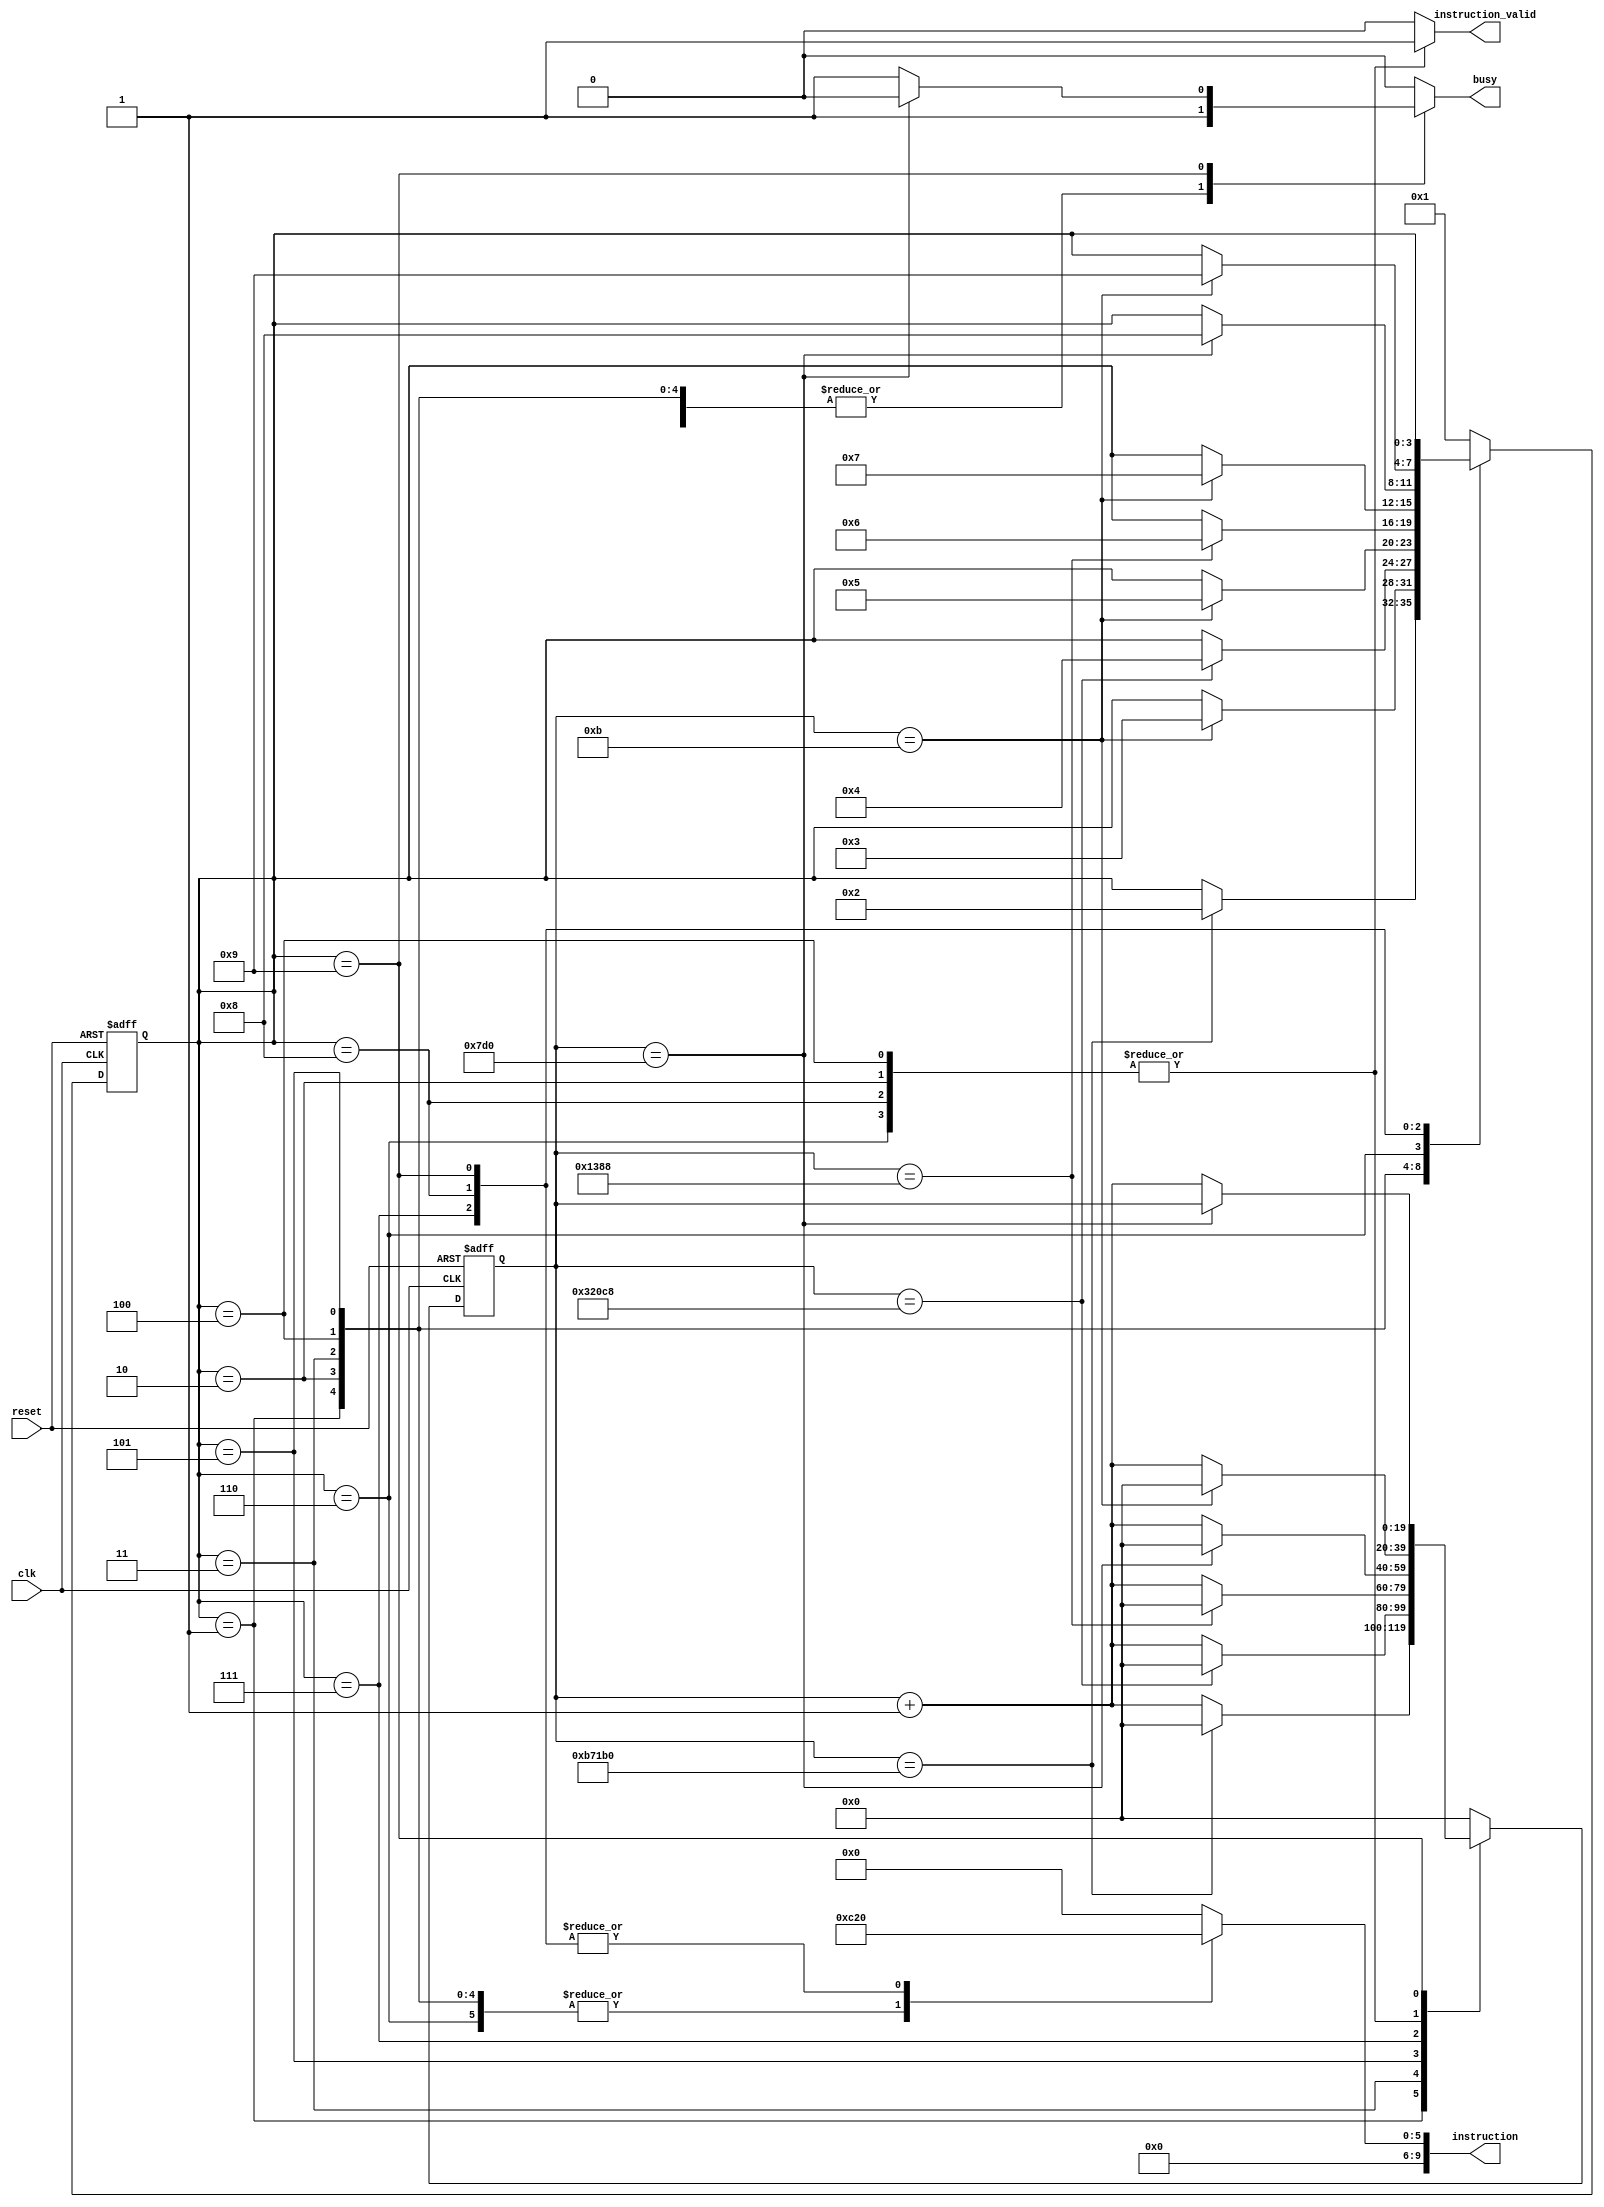
module LCD_Initializer
(
	clk,
	reset,
	instruction,
	instruction_valid,
	busy
);

input clk;
input reset;

output reg [9:0] instruction;
output reg instruction_valid;
output reg busy;

parameter STATE_1 = 4'b0001;
parameter STATE_2 = 4'b0010;
parameter STATE_3 = 4'b0011;
parameter STATE_4 = 4'b0100;
parameter STATE_5 = 4'b0101;
parameter STATE_6 = 4'b0110;
parameter STATE_7 = 4'b0111;
parameter STATE_8 = 4'b1000;
parameter STATE_9 = 4'b1001;

parameter MAX_INSTRUCTION_CV = 11;

									// 1 us = 20 ns * 50  ( CLK PERIOD = 20 ns ) //
									// So 1 us is 50 clock periods //

parameter MAX_STATE_1_CV = 750000;  //  15 ms =  15_000 us => 15_000 * 50 = 750_000 clock periods //
parameter MAX_STATE_3_CV = 205000;	// 4.1 ms =   4_100 us =>  4_100 * 50 = 205_000 clock periods //
parameter MAX_STATE_5_CV = 5000;	// 100 us =     100 us =>    100 * 50 =   5_000 clock periods //
parameter MAX_STATE_7_CV = 2000;	//  40 us =      40 us =>     40 * 50 =   2_000 clock periods //
parameter MAX_STATE_9_CV = 2000;	//  40 us =      40 us =>     40 * 50 =   2_000 clock periods //

reg [3:0] state;
reg [3:0] next_state;

reg [19:0] counter;
reg [19:0] next_counter;


always @(posedge clk or posedge reset) begin
	if ( reset ) begin
		
		counter = 0;
		state = STATE_1;
		
	end
	else 
	begin
		
		counter = next_counter;
		state = next_state;
	end
end

always @( counter or state ) begin
	
	case ( state )

		STATE_1:
		begin

			busy = 1;

			instruction = 10'b00_0011_0000;
			instruction_valid = 0;

			if ( counter == MAX_STATE_1_CV )
			begin
				next_state = STATE_2;
				next_counter = 0;
			end
			else
			begin
				next_state = state;
				next_counter = counter + 1;
			end
			
		end

		STATE_2:
		begin

			busy = 1;

			instruction = 10'b00_0011_0000;
			instruction_valid = 1;

			if ( counter == MAX_INSTRUCTION_CV )
			begin
				next_state = STATE_3;
				next_counter = 0;
			end
			else
			begin
				next_state = state;
				next_counter = counter + 1;
			end
			
		end

		STATE_3:
		begin

			busy = 1;

			instruction = 10'b00_0011_0000;
			instruction_valid = 0;

			if ( counter == MAX_STATE_3_CV )
			begin
				next_state = STATE_4;
				next_counter = 0;
			end
			else
			begin
				next_state = state;
				next_counter = counter + 1;
			end
			
		end

		STATE_4:
		begin

			busy = 1;

			instruction = 10'b00_0011_0000;
			instruction_valid = 1;

			if ( counter == MAX_INSTRUCTION_CV )
			begin
				next_state = STATE_5;
				next_counter = 0;
			end
			else
			begin
				next_state = state;
				next_counter = counter + 1;
			end
			
		end

		STATE_5:
		begin

			busy = 1;

			instruction = 10'b00_0011_0000;
			instruction_valid = 0;

			if ( counter == MAX_STATE_5_CV )
			begin
				next_state = STATE_6;
				next_counter = 0;
			end
			else
			begin
				next_state = state;
				next_counter = counter + 1;
			end
			
		end

		STATE_6:
		begin

			busy = 1;

			instruction = 10'b00_0011_0000;
			instruction_valid = 1;

			if ( counter == MAX_INSTRUCTION_CV )
			begin
				next_state = STATE_7;
				next_counter = 0;
			end
			else
			begin
				next_state = state;
				next_counter = counter + 1;
			end
			
		end

		STATE_7:
		begin

			busy = 1;

			instruction = 10'b00_0010_0000;
			instruction_valid = 0;

			if ( counter == MAX_STATE_7_CV )
			begin
				next_state = STATE_8;
				next_counter = 0;
			end
			else
			begin
				next_state = state;
				next_counter = counter + 1;
			end
			
		end

		STATE_8:
		begin

			busy = 1;

			instruction = 10'b00_0010_0000;
			instruction_valid = 1;

			if ( counter == MAX_INSTRUCTION_CV )
			begin
				next_state = STATE_9;
				next_counter = 0;
			end
			else
			begin
				next_state = state;
				next_counter = counter + 1;
			end
			
		end

		STATE_9:
		begin

			instruction = 10'b00_0010_0000;
			instruction_valid = 0;

			if ( counter == MAX_STATE_9_CV )
			begin
				next_counter = counter;
				next_state = state;
				busy = 0;
			end
			else
			begin
				next_counter = counter + 1;
				next_state = state;
				busy = 1;
			end
			
		end

		default:
		begin
			
			instruction = 10'b00_0000_0000;
			instruction_valid = 0;

			next_counter = 0;
			next_state = STATE_1;
			busy = 0;
		end
		
	endcase
end

endmodule